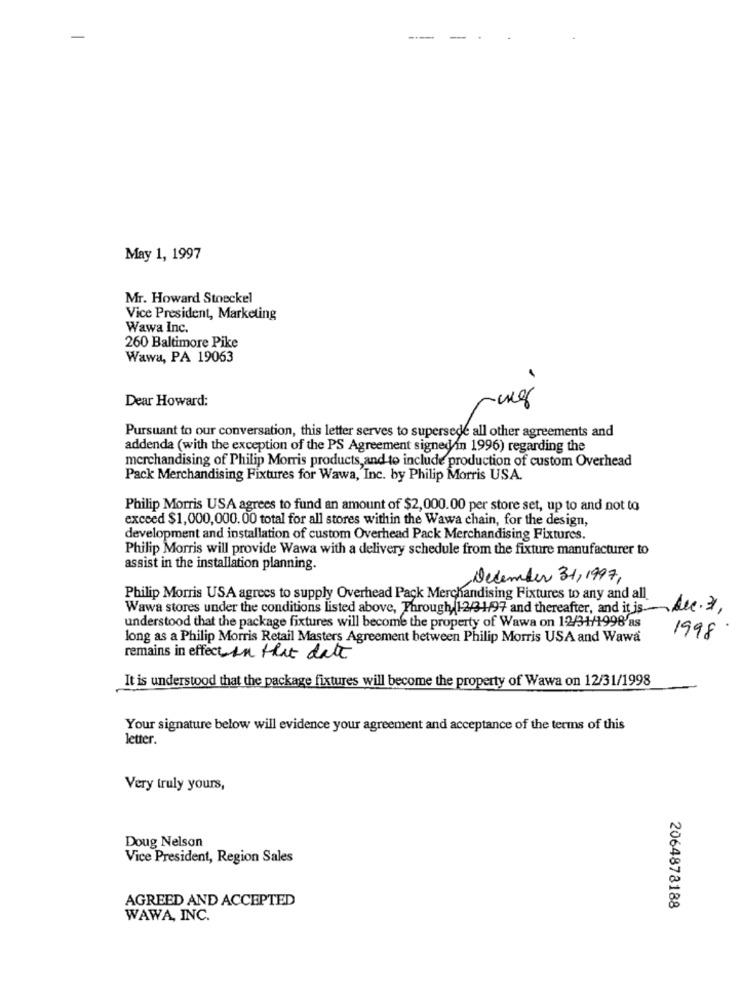
--
May 1, 1997
Mr. Howard Stoeckel
Vice President, Marketing
Wawa Inc.
260 Baltimore Pike
Wawa, PA 19063
Dear Howard:
19
Pursuant to our conversation, this letter serves to supersede all other agreements and
addenda (with the exception of the PS Agreement signed in 1996) regarding the
merchandising of Philip Morris products, and to include production of custom Overhead
Pack Merchandising Fixtures for Wawa, Inc. by Philip Morris USA.
Philip Morris USA agrees to fund an amount of $2,000.00 per store set, up to and not to
exceed $1,000,000.00 total for all stores within the Wawa chain, for the design,
development and installation of custom Overhead Pack Merchandising Fixtures.
Philip Morris will provide Wawa with a delivery schedule from the fixture manufacturer to
assist in the installation planning.
December 31, 1997,
Philip Morris USA agrees to supply Overhead Pack Merchandising Fixtures to any and all
Wawa stores under the conditions listed above, Through 12/31/97 and thereafter, and it is-
-dec. 31,
understood that the package fixtures will become the property of Wawa on 12/31/1998 as
long as a Philip Morris Retail Masters Agreement between Philip Morris USA and Wawa
1998
remains in effect in that date
It is understood that the package fixtures will become the property of Wawa on 12/31/1998
Your signature below will evidence your agreement and acceptance of the terms of this
letter.
Very truly yours,
Doug Nelson
Vice President, Region Sales
AGREED AND ACCEPTED
2064878188
WAWA, INC.